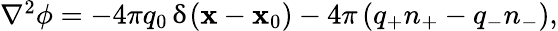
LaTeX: \begin{array}{r}{\nabla^{2}\phi=-4\pi q_{0}\, \updelta(\mathbf{x}-\mathbf{x}_{0})-4\pi\left(q_{+}n_{+}-q_{-}n_{-}\right),}\end{array}